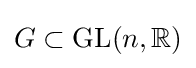
G\subset {\mbox{GL}}(n,\mathbb {R} )